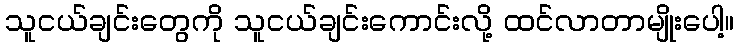
သူငယ်ချင်းတွေကို သူငယ်ချင်းကောင်းလို့ ထင်လာတာမျိုးပေါ့။